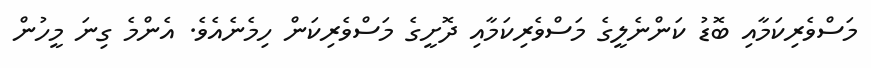
މަސްވެރިކަމާއި ބޮޑު ކަންނެލީގެ މަސްވެރިކަމާއި ދޮށީގެ މަސްވެރިކަން ހިމެނެއެވެ. އެންމެ ގިނަ މީހުން